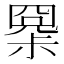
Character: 𡮧